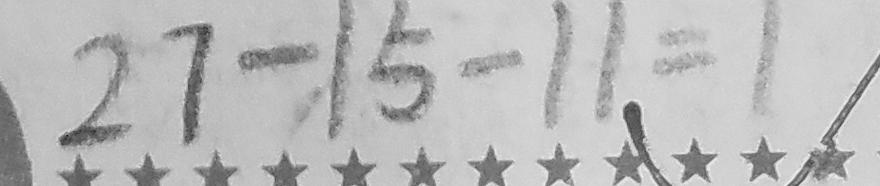
2 7 - 1 5 - 1 1 = 1